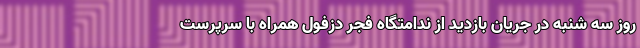
روز سه شنبه در جریان بازدید از ندامتگاه فجر دزفول همراه با سرپرست